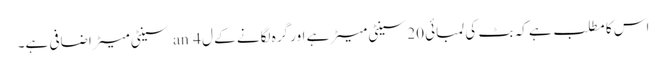
اس کا مطلب ہے کہ بٹ کی لمبائی 20 سینٹی میٹر ہے اور گرہ لگانے کے ل an 4 سینٹی میٹر اضافی ہے۔